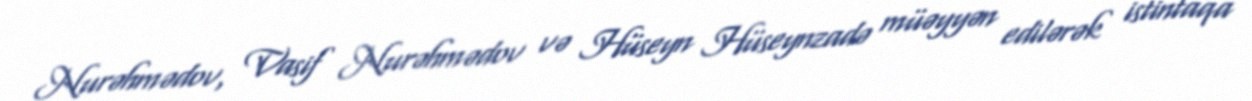
Nurəhmədov, Vasif Nurəhmədov və Hüseyn Hüseynzadə müəyyən edilərək istintaqa